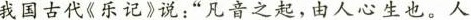
我国古代《乐记》说：”凡音之起，由人心生也。人